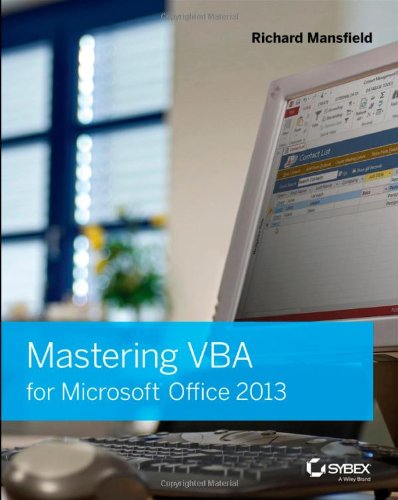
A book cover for Mastering VBA for Microsoft Office 2013; Richard Mansfield; Computers & Technology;